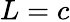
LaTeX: L=c